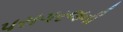
પરાગરજની